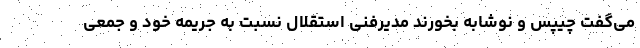
می‌گفت چیپس و نوشابه بخورند مدیرفنی استقلال نسبت به جریمه خود و جمعی